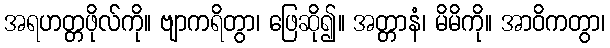
အရဟတ္တဖိုလ်ကို။ ဗျာကရိတွာ၊ ဖြေဆို၍။ အတ္တာနံ၊ မိမိကို။ အာဝိကတွာ၊